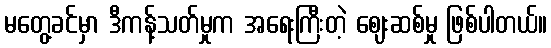
မတွေ့ခင်မှာ ဒီကန့်သတ်မှုက အရေးကြီးတဲ့ ဈေးဆစ်မှု ဖြစ်ပါတယ်။